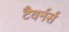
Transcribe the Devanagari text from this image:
टैवर्नर्स